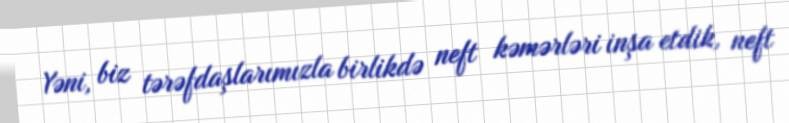
Yəni, biz tərəfdaşlarımızla birlikdə neft kəmərləri inşa etdik, neft